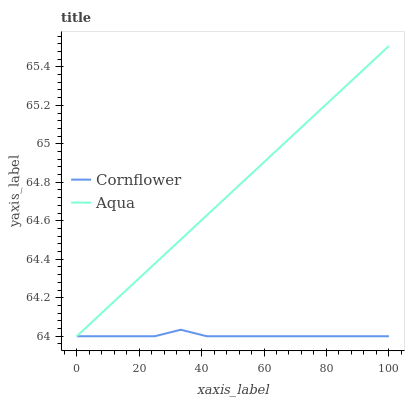
| xaxis_label | Cornflower | Aqua |
 | --- | --- | --- |
 | 0 | 64 | 64 |
 | 8.33 | 64 | 64.1 |
 | 16.7 | 64 | 64.3 |
 | 25 | 64 | 64.4 |
 | 33.3 | 64 | 64.5 |
 | 41.7 | 64 | 64.6 |
 | 50 | 64 | 64.8 |
 | 58.3 | 64 | 64.9 |
 | 66.7 | 64 | 65 |
 | 75 | 64 | 65.1 |
 | 83.3 | 64 | 65.3 |
 | 91.7 | 64 | 65.4 |
 | 100 | 64 | 65.5 |